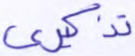
تذكيري